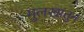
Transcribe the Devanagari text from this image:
मुलखातुन